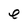
Character: e